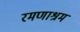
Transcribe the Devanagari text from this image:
रमणाश्रम